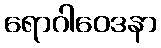
ရောဂါဝေဒနာ